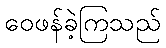
ဝေဖန်ခဲ့ကြသည်